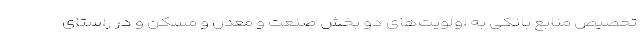
تخصیص منابع بانکی به اولویت‌های دو بخش صنعت و معدن و مسکن و در راستای